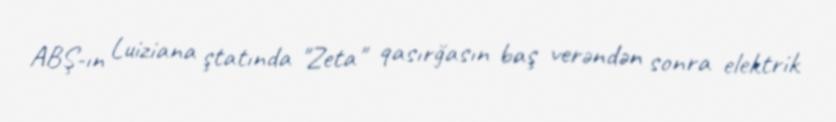
ABŞ-ın Luiziana ştatında "Zeta" qasırğasın baş verəndən sonra elektrik